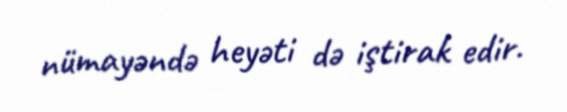
nümayəndə heyəti də iştirak edir.